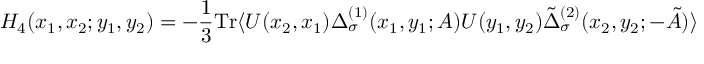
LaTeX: H _ { 4 } ( x _ { 1 } , x _ { 2 } ; y _ { 1 } , y _ { 2 } ) = - { \frac { 1 } { 3 } } \mathrm { T r } \langle U ( x _ { 2 } , x _ { 1 } ) \Delta _ { \sigma } ^ { ( 1 ) } ( x _ { 1 } , y _ { 1 } ; A ) U ( y _ { 1 } , y _ { 2 } ) \tilde { \Delta } _ { \sigma } ^ { ( 2 ) } ( x _ { 2 } , y _ { 2 } ; - \tilde { A } ) \rangle